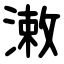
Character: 潄